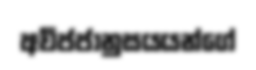
අවිජජානුසයයන්ගේ